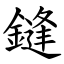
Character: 鏠